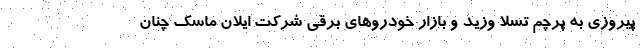
پیروزی به پرچم تسلا وزید و بازار خودروهای برقی شرکت ایلان ماسک چنان